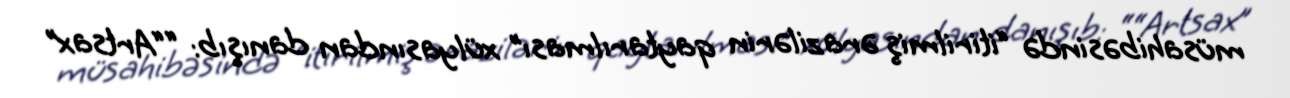
müsahibəsində “itirilmiş ərazilərin qaytarılması” xülyasından danışıb: ““Artsax”